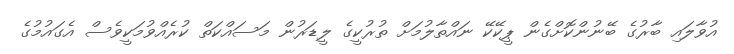
އުވާލައި ބާރުގެ ބޭނުންކޮށްގެން ޕީކޭކޭ ނައްތާލުމަށް ތުރުކީގެ ލީޑަރުން މަސައްކަތް ކުރެއްވުމަކީވެސް އެގައުމުގެ